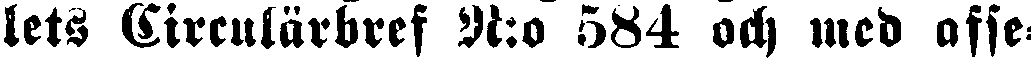
lets Circulärbref N:o 584 och med afse-